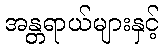
အန္တရာယ်များနှင့်